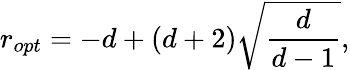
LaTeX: r_{opt}=-d+(d+2)\sqrt{\frac{d}{d-1}},